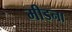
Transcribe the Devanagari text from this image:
मीडना